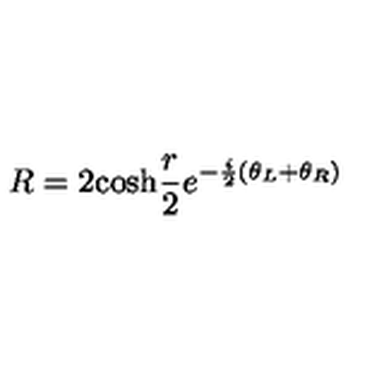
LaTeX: R = 2 \mathrm { c o s h } \frac { r } { 2 } e ^ { - \frac { i } { 2 } ( \theta _ { L } + \theta _ { R } ) }